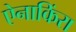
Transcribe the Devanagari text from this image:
ऐनाकिंरा